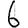
Digit: 6